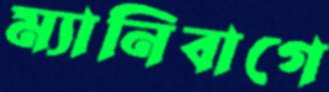
ম্যানিবাগে